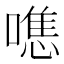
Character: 㗹